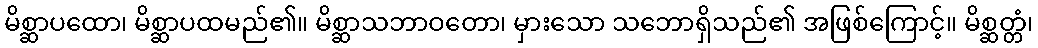
မိစ္ဆာပထော၊ မိစ္ဆာပထမည်၏။ မိစ္ဆာသဘာဝတော၊ မှားသော သဘောရှိသည်၏ အဖြစ်ကြောင့်။ မိစ္ဆတ္တံ၊